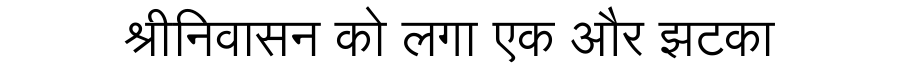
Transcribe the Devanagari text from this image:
श्रीनिवासन को लगा एक और झटका